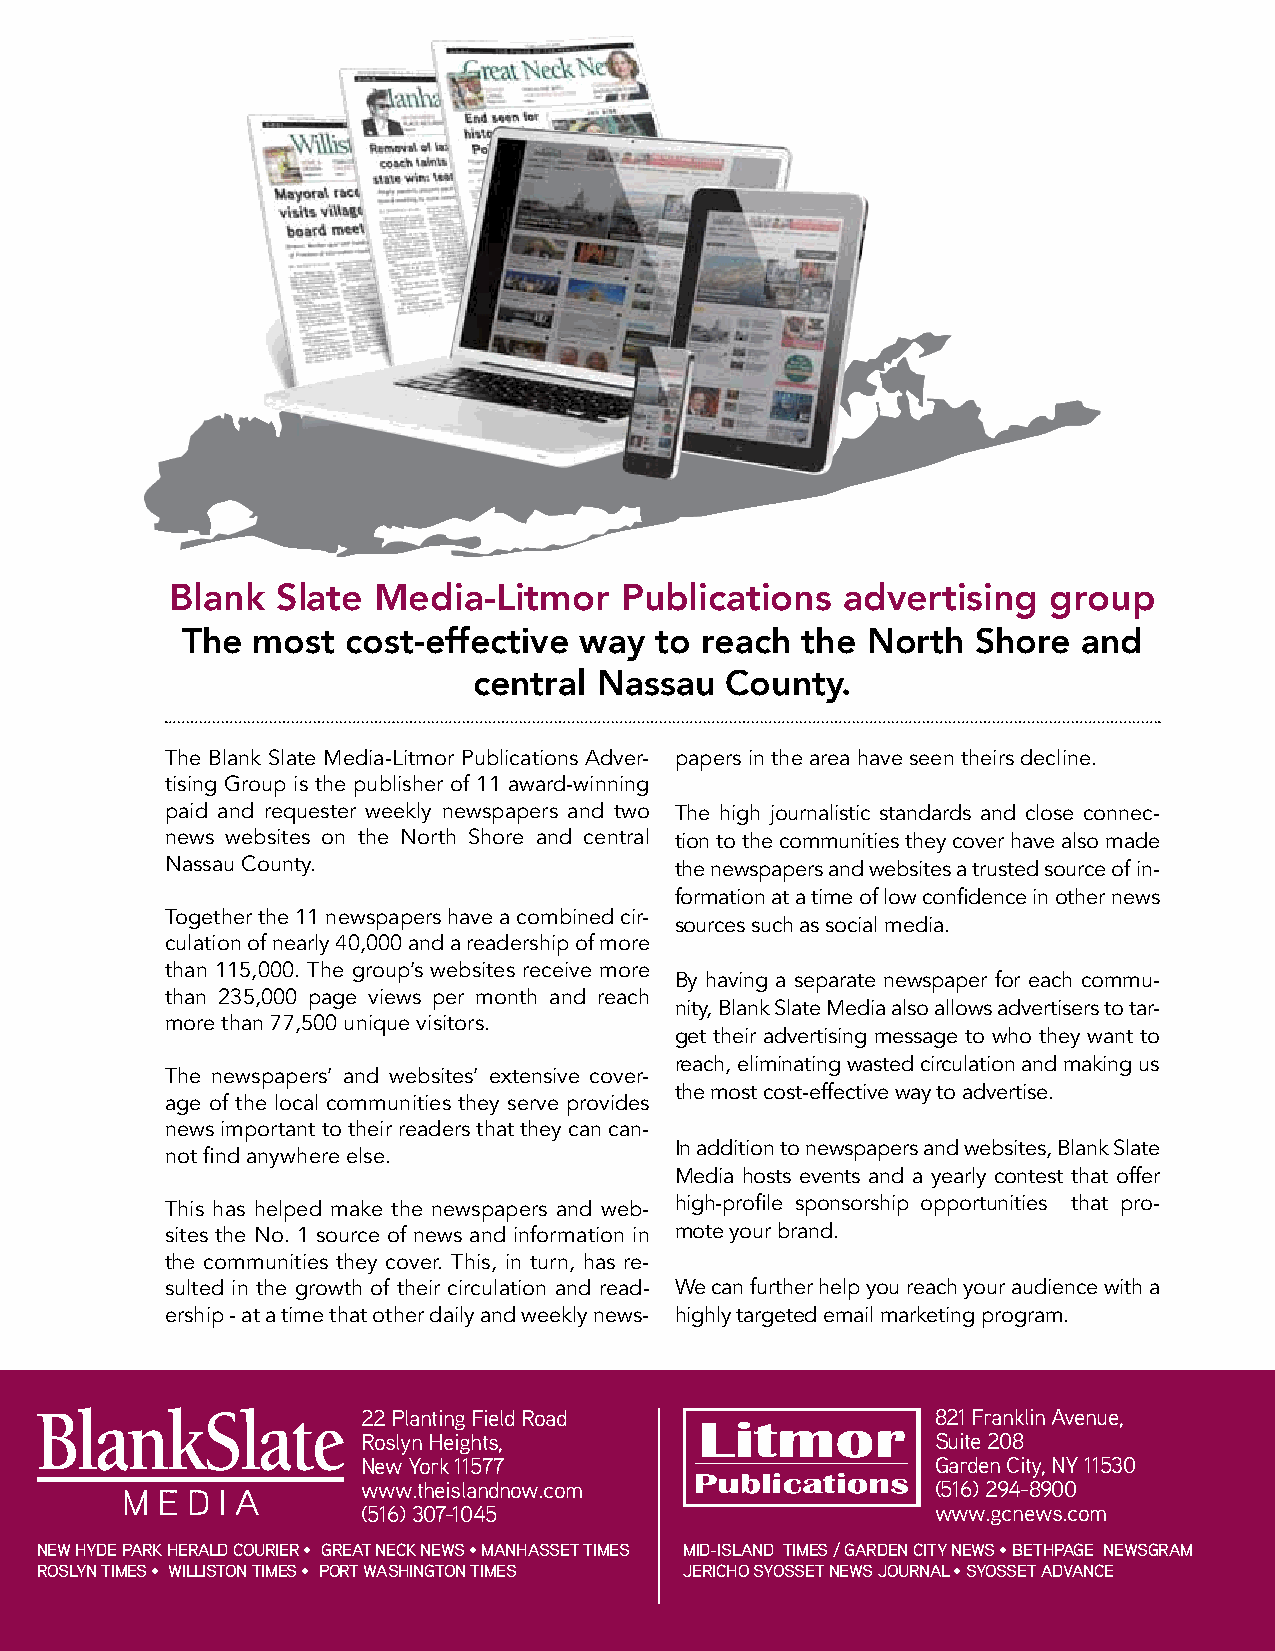
Blank  slate  Media-Litmor    publications   advertising   group
 the  most  cost-effective way  to reach  the north   shore  and
 central  nassau  County.
 The Blank Slate Media-Litmor Publications Adver- papers in the area have seen theirs decline.
 tising Group is the publisher of 11 award-winning
 paid and requester weekly newspapers and two The high journalistic standards and close connec-
 news websites on the North Shore and central tion to the communities they cover have also made
 Nassau County.                    the newspapers and websites a trusted source of in-
 formation at a time of low confidence in other news
 Together the 11 newspapers have a combined cir-
 sources such as social media.
 culation of nearly 40,000 and a readership of more
 than 115,000. The group’s websites receive more
 By having a separate newspaper for each commu-
 than 235,000 page views per month and reach
 nity, Blank Slate Media also allows advertisers to tar-
 more than 77,500 unique visitors.
 get their advertising message to who they want to
 reach, eliminating wasted circulation and making us
 The newspapers’ and websites’ extensive cover-
 the most cost-effective way to advertise.
 age of the local communities they serve provides
 news important to their readers that they can can-
 In addition to newspapers and websites, Blank Slate
 not find anywhere else.
 Media hosts events and a yearly contest that offer
 This has helped make the newspapers and web- high-profile sponsorship opportunities that pro-
 sites the No. 1 source of news and information in mote your brand.
 the communities they cover. This, in turn, has re-
 sulted in the growth of their circulation and read- We can further help you reach your audience with a
 ership - at a time that other daily and weekly news- highly targeted email marketing program.
 22 Planting Field Road                821 Franklin Avenue,
 Roslyn Heights,                       Suite 208
 New York 11577                        Garden City, NY 11530
 www.theislandnow.com                  (516) 294-8900
 (516) 307-1045                        www.gcnews.com
 New Hyde Park Herald Courier • Great NeCk News • MaNHasset tiMes Mid-islaNd tiMes / GardeN City News • betHPaGe NewsGraM
 roslyN tiMes • willistoN tiMes • Port wasHiNGtoN tiMes jeriCHo syosset News jourNal • syosset advaNCe